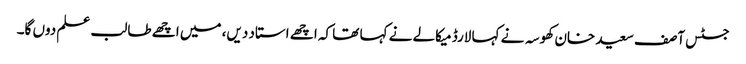
جسٹس آصف سعید خان کھوسہ نے کہا لارڈ میکالے نے کہا تھا کہ اچھے استاد دیں، میں اچھے طالب علم دوں گا۔